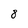
Character: 8